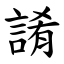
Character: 誵